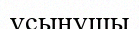
ұсынушы